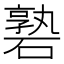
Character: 䃞